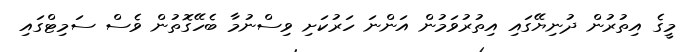
މީގެ އިތުރުން ދުނިޔޭގައި އިތުރުވަމުން އަންނަ ހަރުކަށި ވިސްނުމާ ބެހޭގޮތުން ވެސް ސަމިޓްގައި